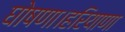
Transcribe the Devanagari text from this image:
घोषणा।हरियाणा